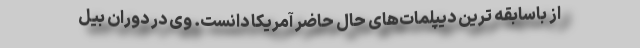
از باسابقه ترین دیپلمات‌های حال حاضر آمریکا دانست. وی در دوران بیل